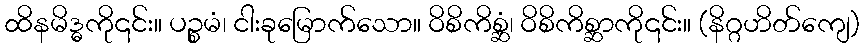
ထိနမိဒ္ဓကို၎င်း။ ပဉ္စမံ၊ ငါးခုမြောက်သော။ ဝိစိကိစ္ဆံ၊ ဝိစိကိစ္ဆာကို၎င်း။ (နိဂ္ဂဟိတ်ကျေ)